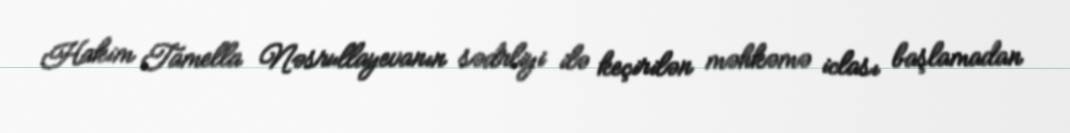
Hakim Tamella Nəsrullayevanın sədrliyi ilə keçirilən məhkəmə iclası başlamadan